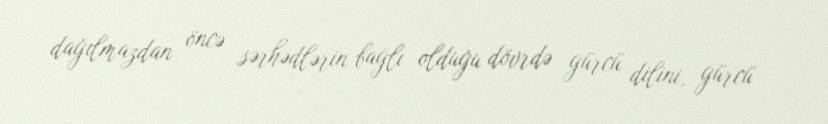
dağılmazdan öncə sərhədlərin bağlı olduğu dövrdə gürcü dilini, gürcü